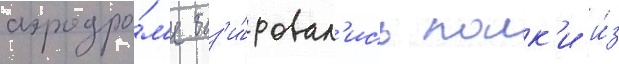
аэродро́м'е баз'и́ровал'ись полк'и и́з